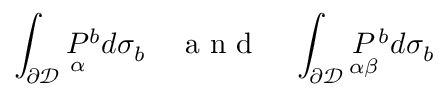
\int _ { \partial \mathcal { D } } \underset { \alpha } { P } { } ^ { b } d \sigma _ { b } \quad \mathrm { ~ a ~ n ~ d ~ } \quad \int _ { \partial \mathcal { D } } \underset { \alpha \beta } { P } { } ^ { b } d \sigma _ { b }